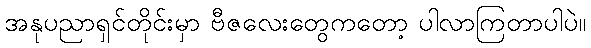
အနုပညာရှင်တိုင်းမှာ ဗီဇလေးတွေကတော့ ပါလာကြတာပါပဲ။